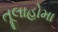
તૂલાહોમા